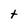
Character: t